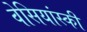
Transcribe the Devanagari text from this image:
वेसियांस्की